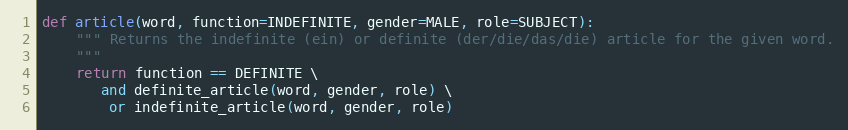
Language: Python
def article(word, function=INDEFINITE, gender=MALE, role=SUBJECT):
    """ Returns the indefinite (ein) or definite (der/die/das/die) article for the given word.
    """
    return function == DEFINITE \
       and definite_article(word, gender, role) \
        or indefinite_article(word, gender, role)